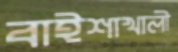
বাইশাখালী